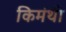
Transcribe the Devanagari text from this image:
किमंथी